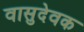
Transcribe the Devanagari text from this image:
वासुदेवक